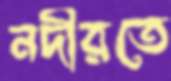
নদীরতে